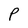
Character: P